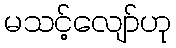
မသင့်လျော်ဟု